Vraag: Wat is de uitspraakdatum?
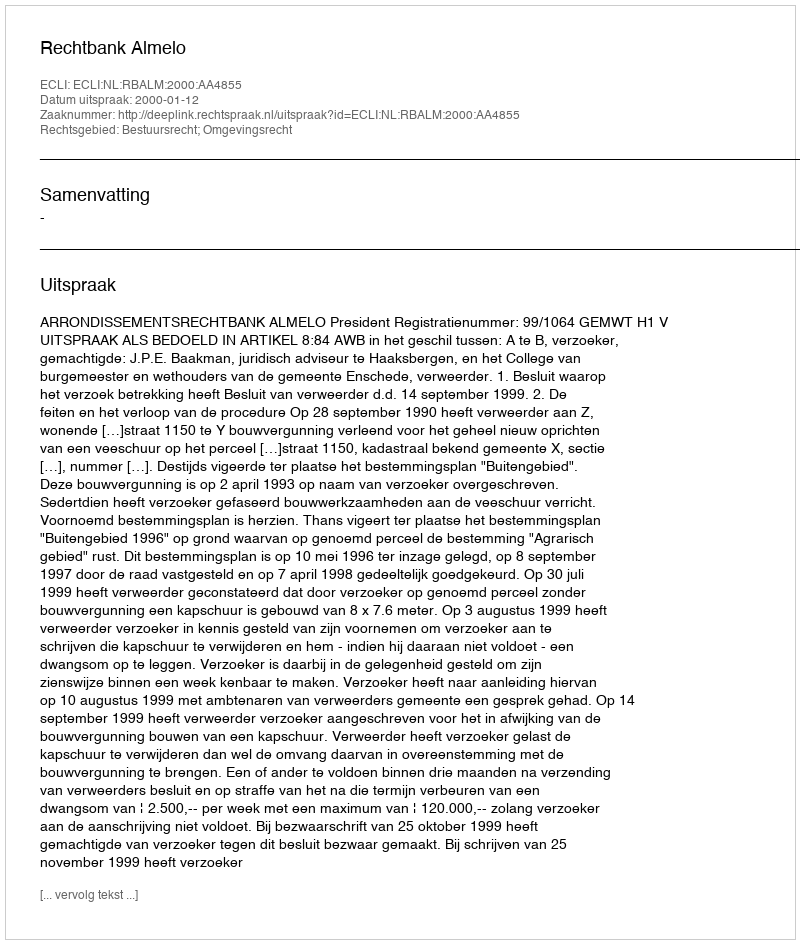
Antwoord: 2000-01-12